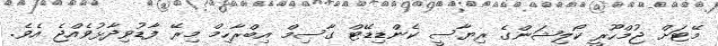
މޭޓަށް ޖުމްހޫރީ ކޯލިޝަންގެ ރިޔާސީ ކެންޑިޑޭޓް ގާސިމް އިބްރާހިމް މިރޭ ފާޑުވިދާޅުވެއްޖެ އެވެ.